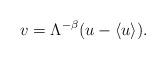
LaTeX: \begin{align*}v=\Lambda^{-\beta}(u-\langle u\rangle).\end{align*}